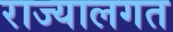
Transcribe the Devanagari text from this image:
राज्यालगत